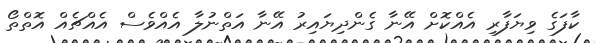
ކާފަގެ ވިޔަފާރި އެއްކޮށް އޭނާ ގެންދިޔައިރު އޭނާ އަތްނުލާ އެއްވެސް އެއްޗެއް އޮތްތޯ